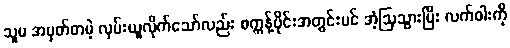
သူမ အမှတ်တမဲ့ လှမ်းယူလိုက်သော်လည်း စက္ကန့်ပိုင်းအတွင်းပင် အံ့ဩသွားပြီး လက်ဝါးကို